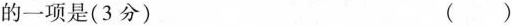
的一项是（3分）()